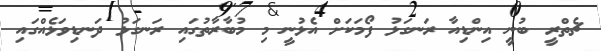
ޗެތްރީ ބުނީ އިންޑިއާ ރަނގަޅު ފޯމަކަށް އެޅުނީ މި މުބާރާތުގައި ރަނގަޅު ދަނޑިވަޅެއްގައި